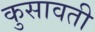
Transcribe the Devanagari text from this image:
कुसावती